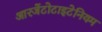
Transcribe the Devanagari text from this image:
आरजेंटोटाइटेनियम